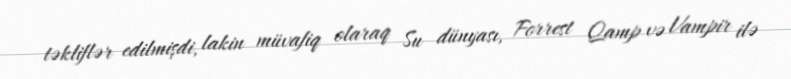
təkliflər edilmişdi, lakin müvafiq olaraq Su dünyası, Forrest Qamp və Vampir ilə